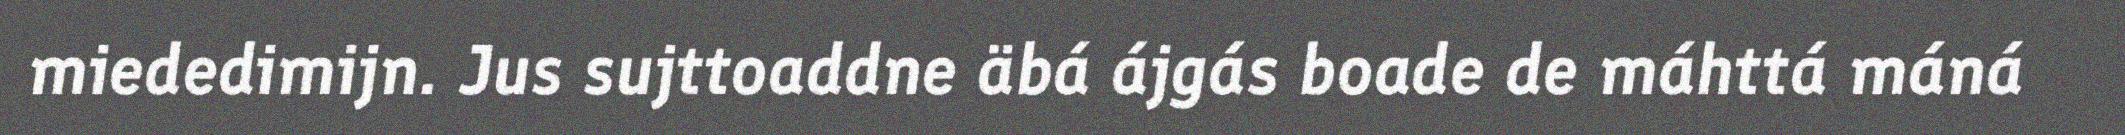
miededimijn. Jus sujttoaddne äbá ájgás boade de máhttá máná